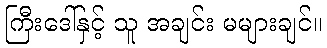
ကြီးဒေါ်နှင့် သူ အချင်း မများချင်။